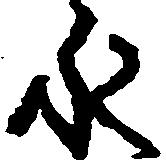
永